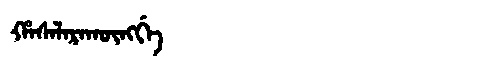
Manchu: ᡥᠠᠰᠠᠯᠠᡵᠠᡴᡡᠩᡤᡝ
Romanization: HASALARAKŪNGGE